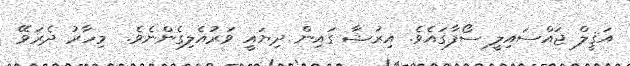
އަޤީލް ޖައްސައިލީ ސޯފާގައެވެ. އިރުޝާ ގައިން ދިޔައީ ވަރުއެލިގެންނެވެ.  މިހާރު ދެރަވޭ